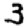
Digit: 3